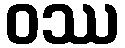
ဝဿ